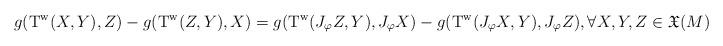
LaTeX: \begin{align*}g(\mathrm{T}^{\mathrm{w}}(X,Y),Z)-g(\mathrm{T}^{\mathrm{w}}(Z,Y),X)= g(\mathrm{T}^{\mathrm{w}}(J_{\varphi}Z,Y), J_{\varphi}X)-g(\mathrm{T}^{\mathrm{w}}(J_{\varphi}X,Y),J_{\varphi}Z), \forall X, Y, Z \in {\mathfrak X} (M),\end{align*}